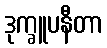
ဒုက္ခူပနီတာ